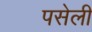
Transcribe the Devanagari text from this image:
पसेली